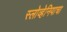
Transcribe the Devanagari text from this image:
स्लोव्हेनियाचा